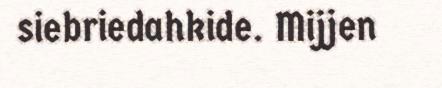
siebriedahkide. Mijjen